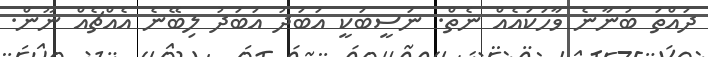
ދައްތަ ބުނާނެ ވާހަކައެއް ނެތް. ނަސީބަކީ އަބަދު އަބަދު ލިބޭނެ އެއްޗެއް ނޫން.